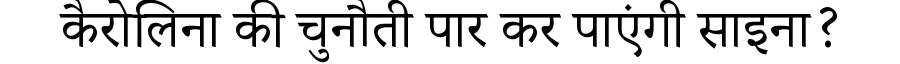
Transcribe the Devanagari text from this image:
कैरोलिना की चुनौती पार कर पाएंगी साइना?